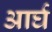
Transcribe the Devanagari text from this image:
आर्घ